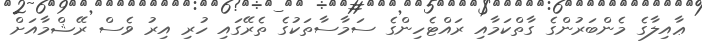
ޢާއިލާގެ މެންބަރުންގެ ގާތްކަމާއި ރައްޓެހިންގެ ސަމާސާތަކުގެ ތެރޭގައި ހުރި އިރު ވެސް ރޭޝްމާއަށް